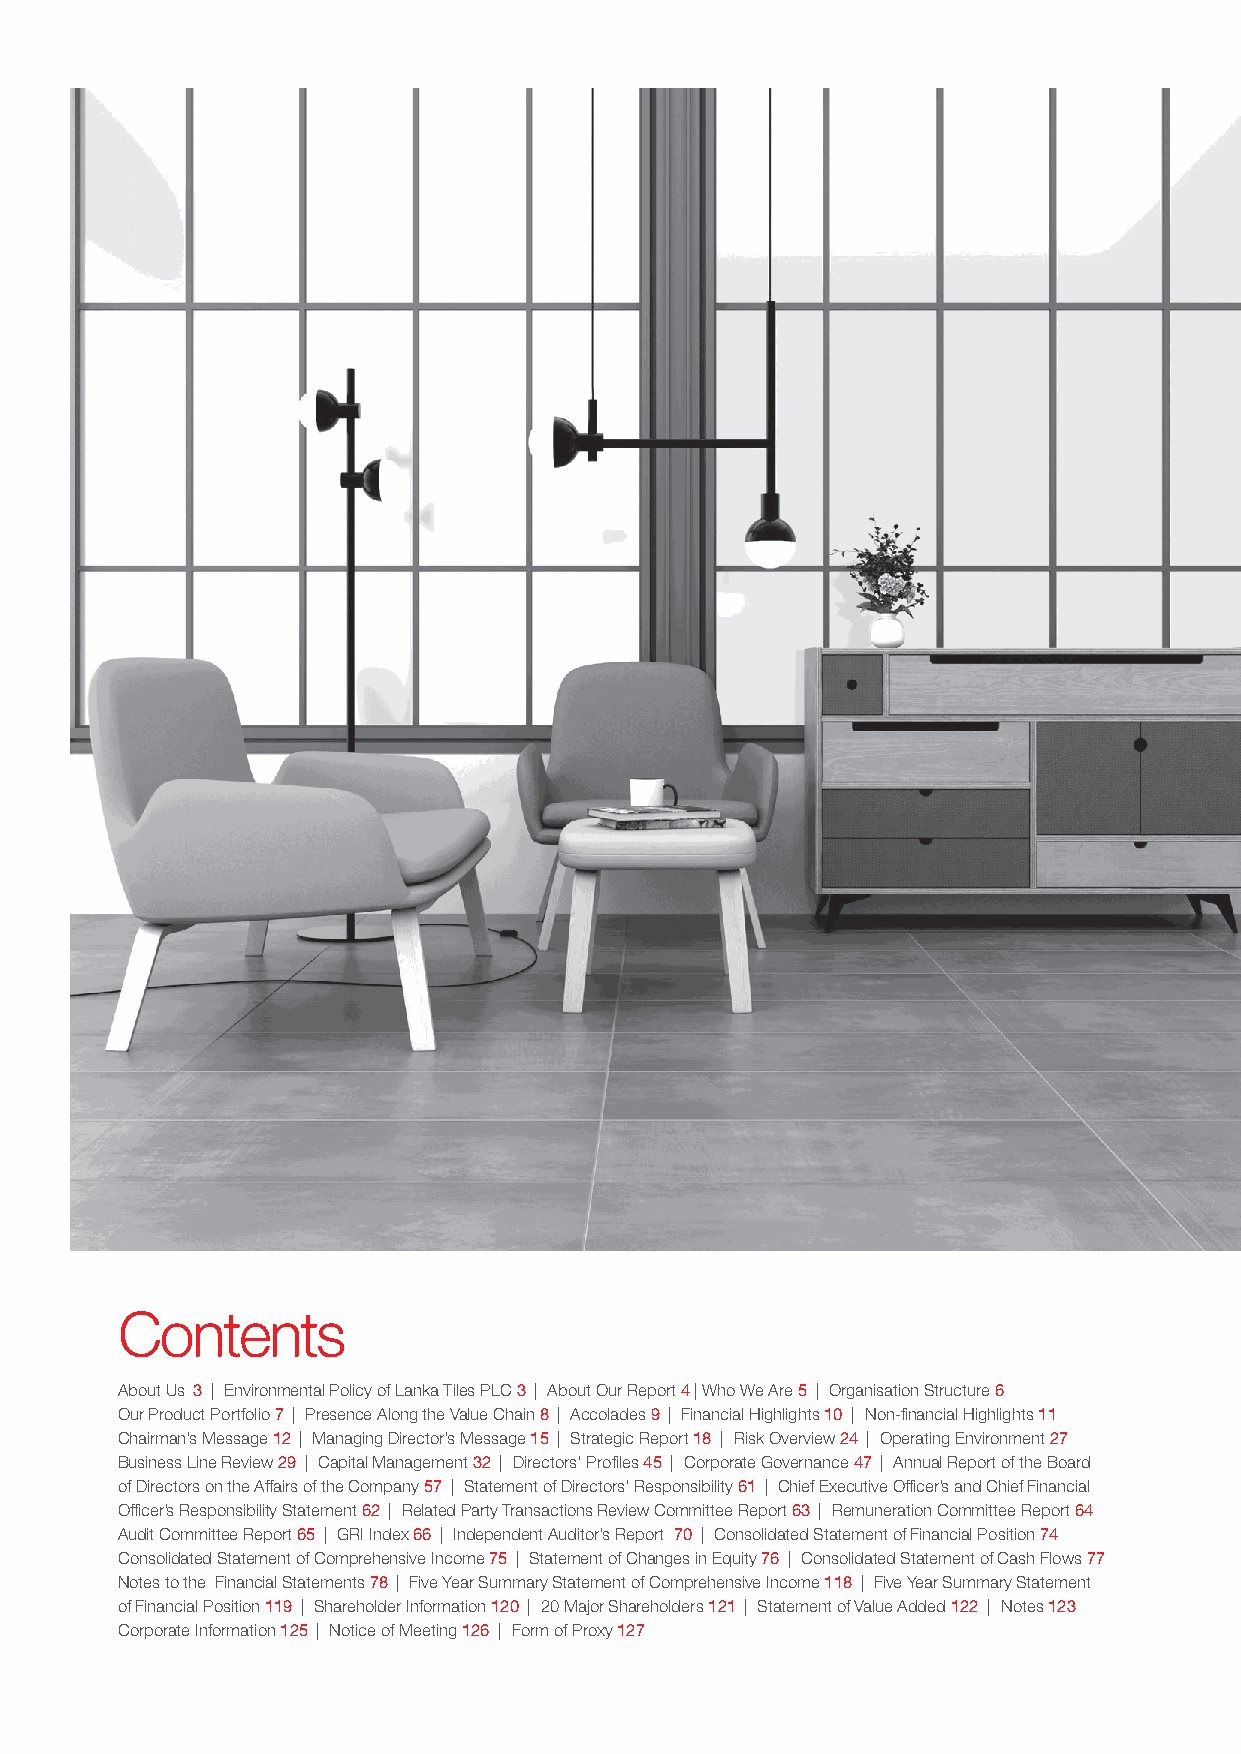
Contents
 About Us 3 | Environmental Policy of Lanka Tiles PLC 3 | About Our Report 4 | Who We Are 5 | Organisation Structure 6
 Our Product Portfolio 7 | Presence Along the Value Chain 8 | Accolades 9 | Financial Highlights 10 | Non-financial Highlights 11
 Chairman’s Message 12 | Managing Director’s Message 15 | Strategic Report 18 | Risk Overview 24 | Operating Environment 27
 Business Line Review 29 | Capital Management 32 | Directors’ Profiles 45 | Corporate Governance 47 | Annual Report of the Board
 of Directors on the Affairs of the Company 57 | Statement of Directors’ Responsibility 61 | Chief Executive Officer’s and Chief Financial
 Officer’s Responsibility Statement 62 | Related Party Transactions Review Committee Report 63 | Remuneration Committee Report 64
 Audit Committee Report 65 | GRI Index 66 | Independent Auditor’s Report 70 | Consolidated Statement of Financial Position 74
 Consolidated Statement of Comprehensive Income 75 | Statement of Changes in Equity 76 | Consolidated Statement of Cash Flows 77
 Notes to the Financial Statements 78 | Five Year Summary Statement of Comprehensive Income 118 | Five Year Summary Statement
 of Financial Position 119 | Shareholder Information 120 | 20 Major Shareholders 121 | Statement of Value Added 122 | Notes 123
 Corporate Information 125 | Notice of Meeting 126 | Form of Proxy 127